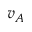
v _ { A }